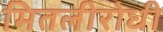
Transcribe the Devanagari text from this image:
मितलीरोधी